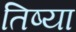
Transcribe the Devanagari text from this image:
तिष्या